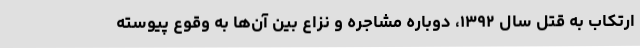
ارتکاب به قتل سال ۱۳۹۲، دوباره مشاجره و نزاع بین آن‌ها به وقوع پیوسته